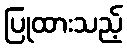
ပြုထားသည့်